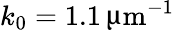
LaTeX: k_{0}=1.1\, \upmu\mathrm{m}^{-1}